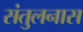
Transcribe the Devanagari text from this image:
संतुलनास